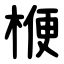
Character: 楩